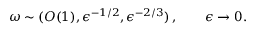
\boldsymbol { \omega } \sim ( O ( 1 ) , \epsilon ^ { - 1 / 2 } , \epsilon ^ { - 2 / 3 } ) \, , \qquad \epsilon \to 0 .